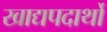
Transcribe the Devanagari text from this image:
खाद्यपदार्थो